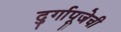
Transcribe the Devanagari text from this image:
दुर्गापूजेची